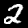
Digit: 2